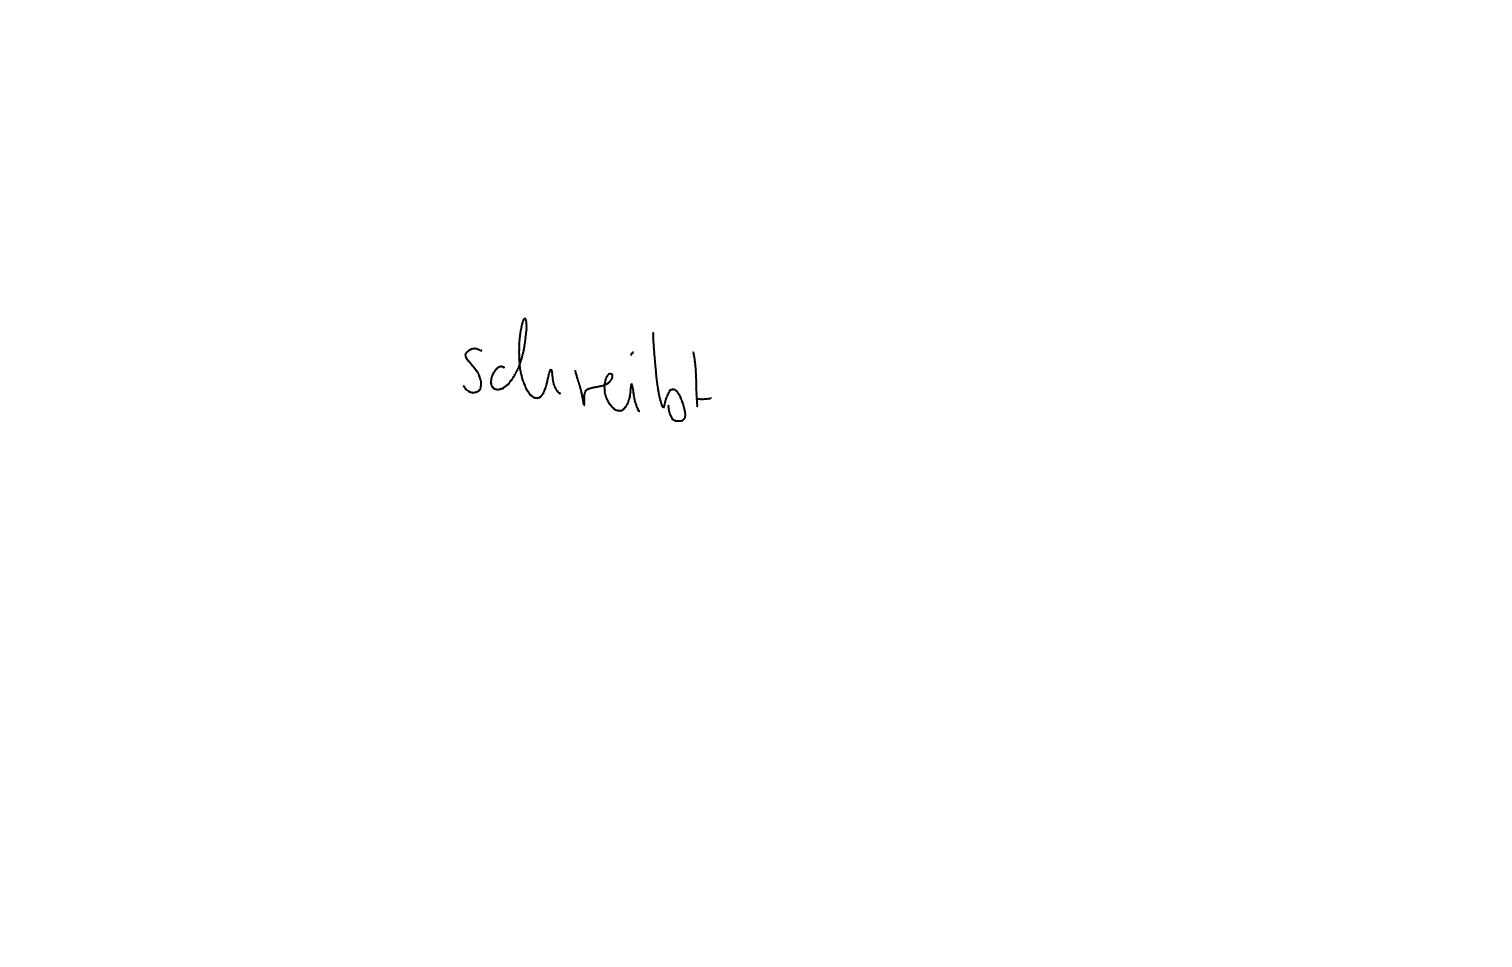
Text: schreibt